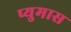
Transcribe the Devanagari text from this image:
प्युमास